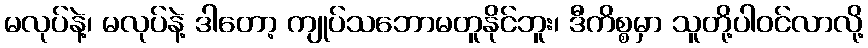
မလုပ်နဲ့၊ မလုပ်နဲ့ ဒါတော့ ကျုပ်သဘောမတူနိုင်ဘူး၊ ဒီကိစ္စမှာ သူတို့ပါဝင်လာလို့